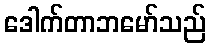
ဒေါက်တာဘမော်သည်